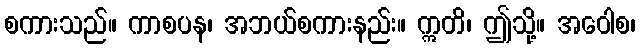
စကားသည်။ ကာစပန၊ အဘယ်စကားနည်း။ ဣတိ၊ ဤသို့။ အဝေါစ၊